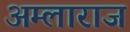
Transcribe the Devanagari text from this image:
अम्लाराज